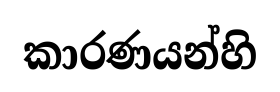
කාරණයන්හි